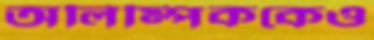
অলিম্পিককেও